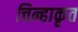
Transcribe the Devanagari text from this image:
चिन्हाकृत